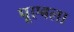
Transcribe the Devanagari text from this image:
पूएबला